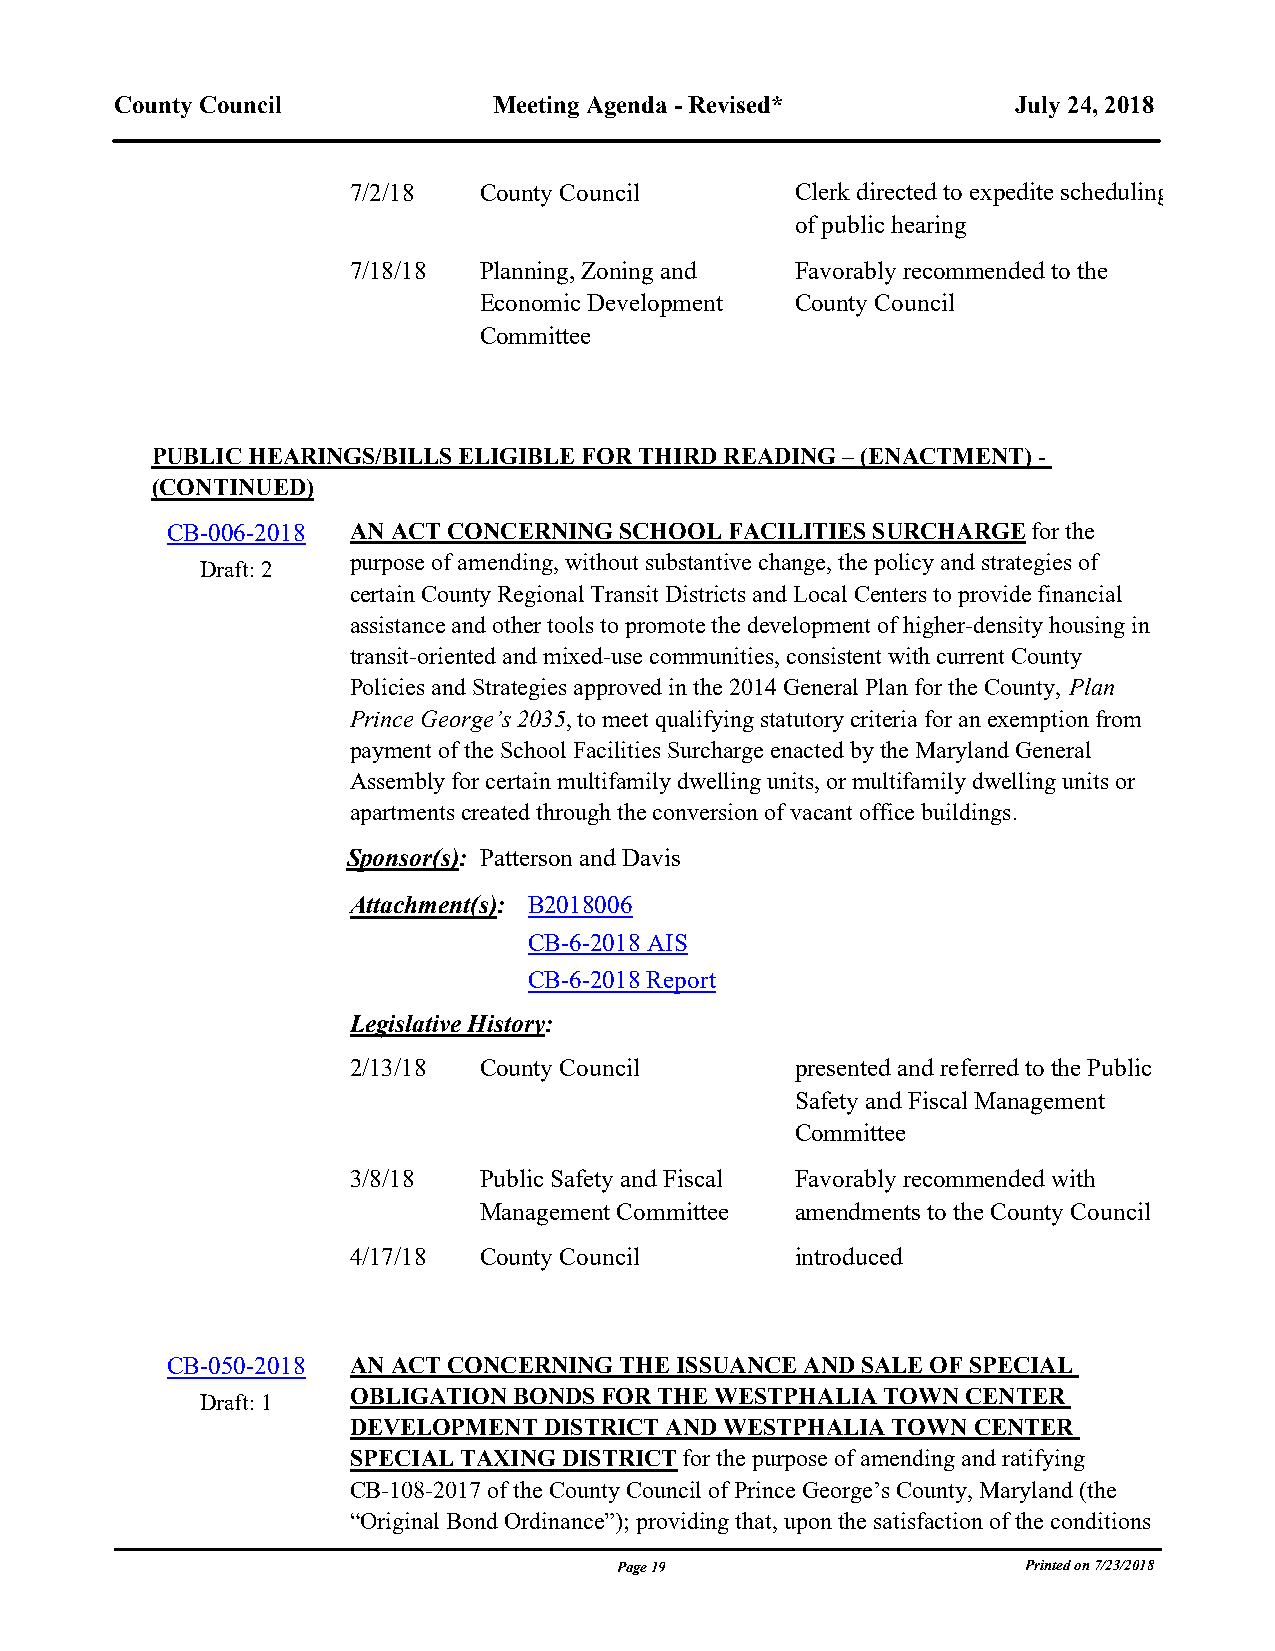
County Council           Meeting Agenda - Revised*         July 24, 2018
 7/2/18   County Council       Clerk directed to expedite scheduling
 of public hearing
 7/18/18  Planning, Zoning and Favorably recommended to the
 Economic Development County Council
 Committee
 blank line
 PUBLIC HEARINGS/BILLS ELIGIBLE FOR THIRD READING – (ENACTMENT) -
 (CONTINUED)
 CB-006-2018 AN ACT CONCERNING SCHOOL FACILITIES SURCHARGE for the
 purpose of amending, without substantive change, the policy and strategies of
 Draft: 2
 certain County Regional Transit Districts and Local Centers to provide financial
 assistance and other tools to promote the development of higher-density housing in
 transit-oriented and mixed-use communities, consistent with current County
 Policies and Strategies approved in the 2014 General Plan for the County, Plan
 Prince George’s 2035, to meet qualifying statutory criteria for an exemption from
 payment of the School Facilities Surcharge enacted by the Maryland General
 Assembly for certain multifamily dwelling units, or multifamily dwelling units or
 apartments created through the conversion of vacant office buildings.
 Sponsor(s): Patterson and Davis
 Attachment(s): B2018006
 CB-6-2018 AIS
 CB-6-2018 Report
 Legislative History:
 2/13/18  County Council       presented and referred to the Public
 Safety and Fiscal Management
 Committee
 3/8/18   Public Safety and Fiscal Favorably recommended with
 Management Committee amendments to the County Council
 4/17/18  County Council       introduced
 blank line
 CB-050-2018 AN ACT CONCERNING THE ISSUANCE AND SALE OF SPECIAL
 OBLIGATION BONDS FOR THE WESTPHALIA TOWN CENTER
 Draft: 1
 DEVELOPMENT  DISTRICT AND WESTPHALIA TOWN CENTER
 SPECIAL TAXING DISTRICT for the purpose of amending and ratifying
 CB-108-2017 of the County Council of Prince George’s County, Maryland (the
 “Original Bond Ordinance”); providing that, upon the satisfaction of the conditions
 Page 19                    Printed on 7/23/2018